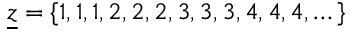
\underline { { z } } = \{ 1 , 1 , 1 , 2 , 2 , 2 , 3 , 3 , 3 , 4 , 4 , 4 , \dots \}